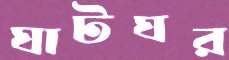
ঘাটঘর